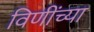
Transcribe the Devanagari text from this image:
विणींच्या